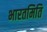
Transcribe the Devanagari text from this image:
भारतमिति